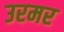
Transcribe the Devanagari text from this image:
उरमर